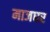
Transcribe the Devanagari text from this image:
माजघर